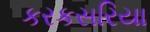
કરકસરિયા